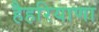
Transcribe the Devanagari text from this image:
हैहरियाणा